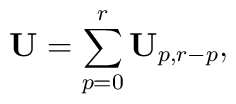
\mathbf{U}=\sum_{p=0}^{r}\mathbf{U}_{p,r-p},